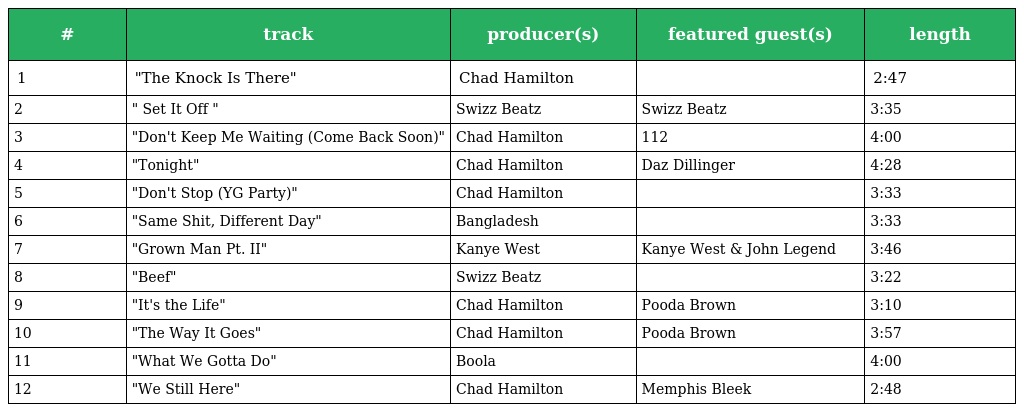
| # | track | producer(s) | featured guest(s) | length |
 | --- | --- | --- | --- | --- |
 | 1 | "The Knock Is There" | Chad Hamilton |  | 2:47 |
 | 2 | " Set It Off " | Swizz Beatz | Swizz Beatz | 3:35 |
 | 3 | "Don't Keep Me Waiting (Come Back Soon)" | Chad Hamilton | 112 | 4:00 |
 | 4 | "Tonight" | Chad Hamilton | Daz Dillinger | 4:28 |
 | 5 | "Don't Stop (YG Party)" | Chad Hamilton |  | 3:33 |
 | 6 | "Same Shit, Different Day" | Bangladesh |  | 3:33 |
 | 7 | "Grown Man Pt. II" | Kanye West | Kanye West & John Legend | 3:46 |
 | 8 | "Beef" | Swizz Beatz |  | 3:22 |
 | 9 | "It's the Life" | Chad Hamilton | Pooda Brown | 3:10 |
 | 10 | "The Way It Goes" | Chad Hamilton | Pooda Brown | 3:57 |
 | 11 | "What We Gotta Do" | Boola |  | 4:00 |
 | 12 | "We Still Here" | Chad Hamilton | Memphis Bleek | 2:48 |